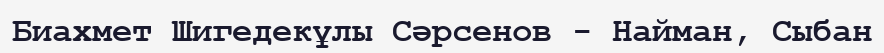
Биахмет Шигедекұлы Сәрсенов - Найман, Сыбан